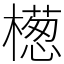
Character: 檧